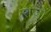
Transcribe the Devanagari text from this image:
राज़ों